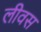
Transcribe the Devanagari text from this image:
लीवस